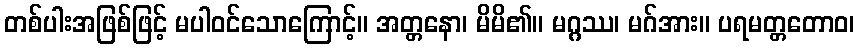
တစ်ပါးအဖြစ်ဖြင့် မပါဝင်သောကြောင့်။ အတ္တနော၊ မိမိ၏။ မဂ္ဂဿ၊ မဂ်အား။ ပရမတ္တတောဝ၊